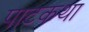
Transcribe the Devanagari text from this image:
पाटकथा